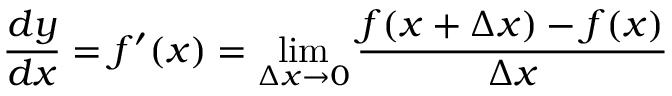
{ \frac { d y } { d x } } = f ^ { \prime } ( x ) = \operatorname* { l i m } _ { \Delta x \to 0 } { \frac { f ( x + \Delta x ) - f ( x ) } { \Delta x } }